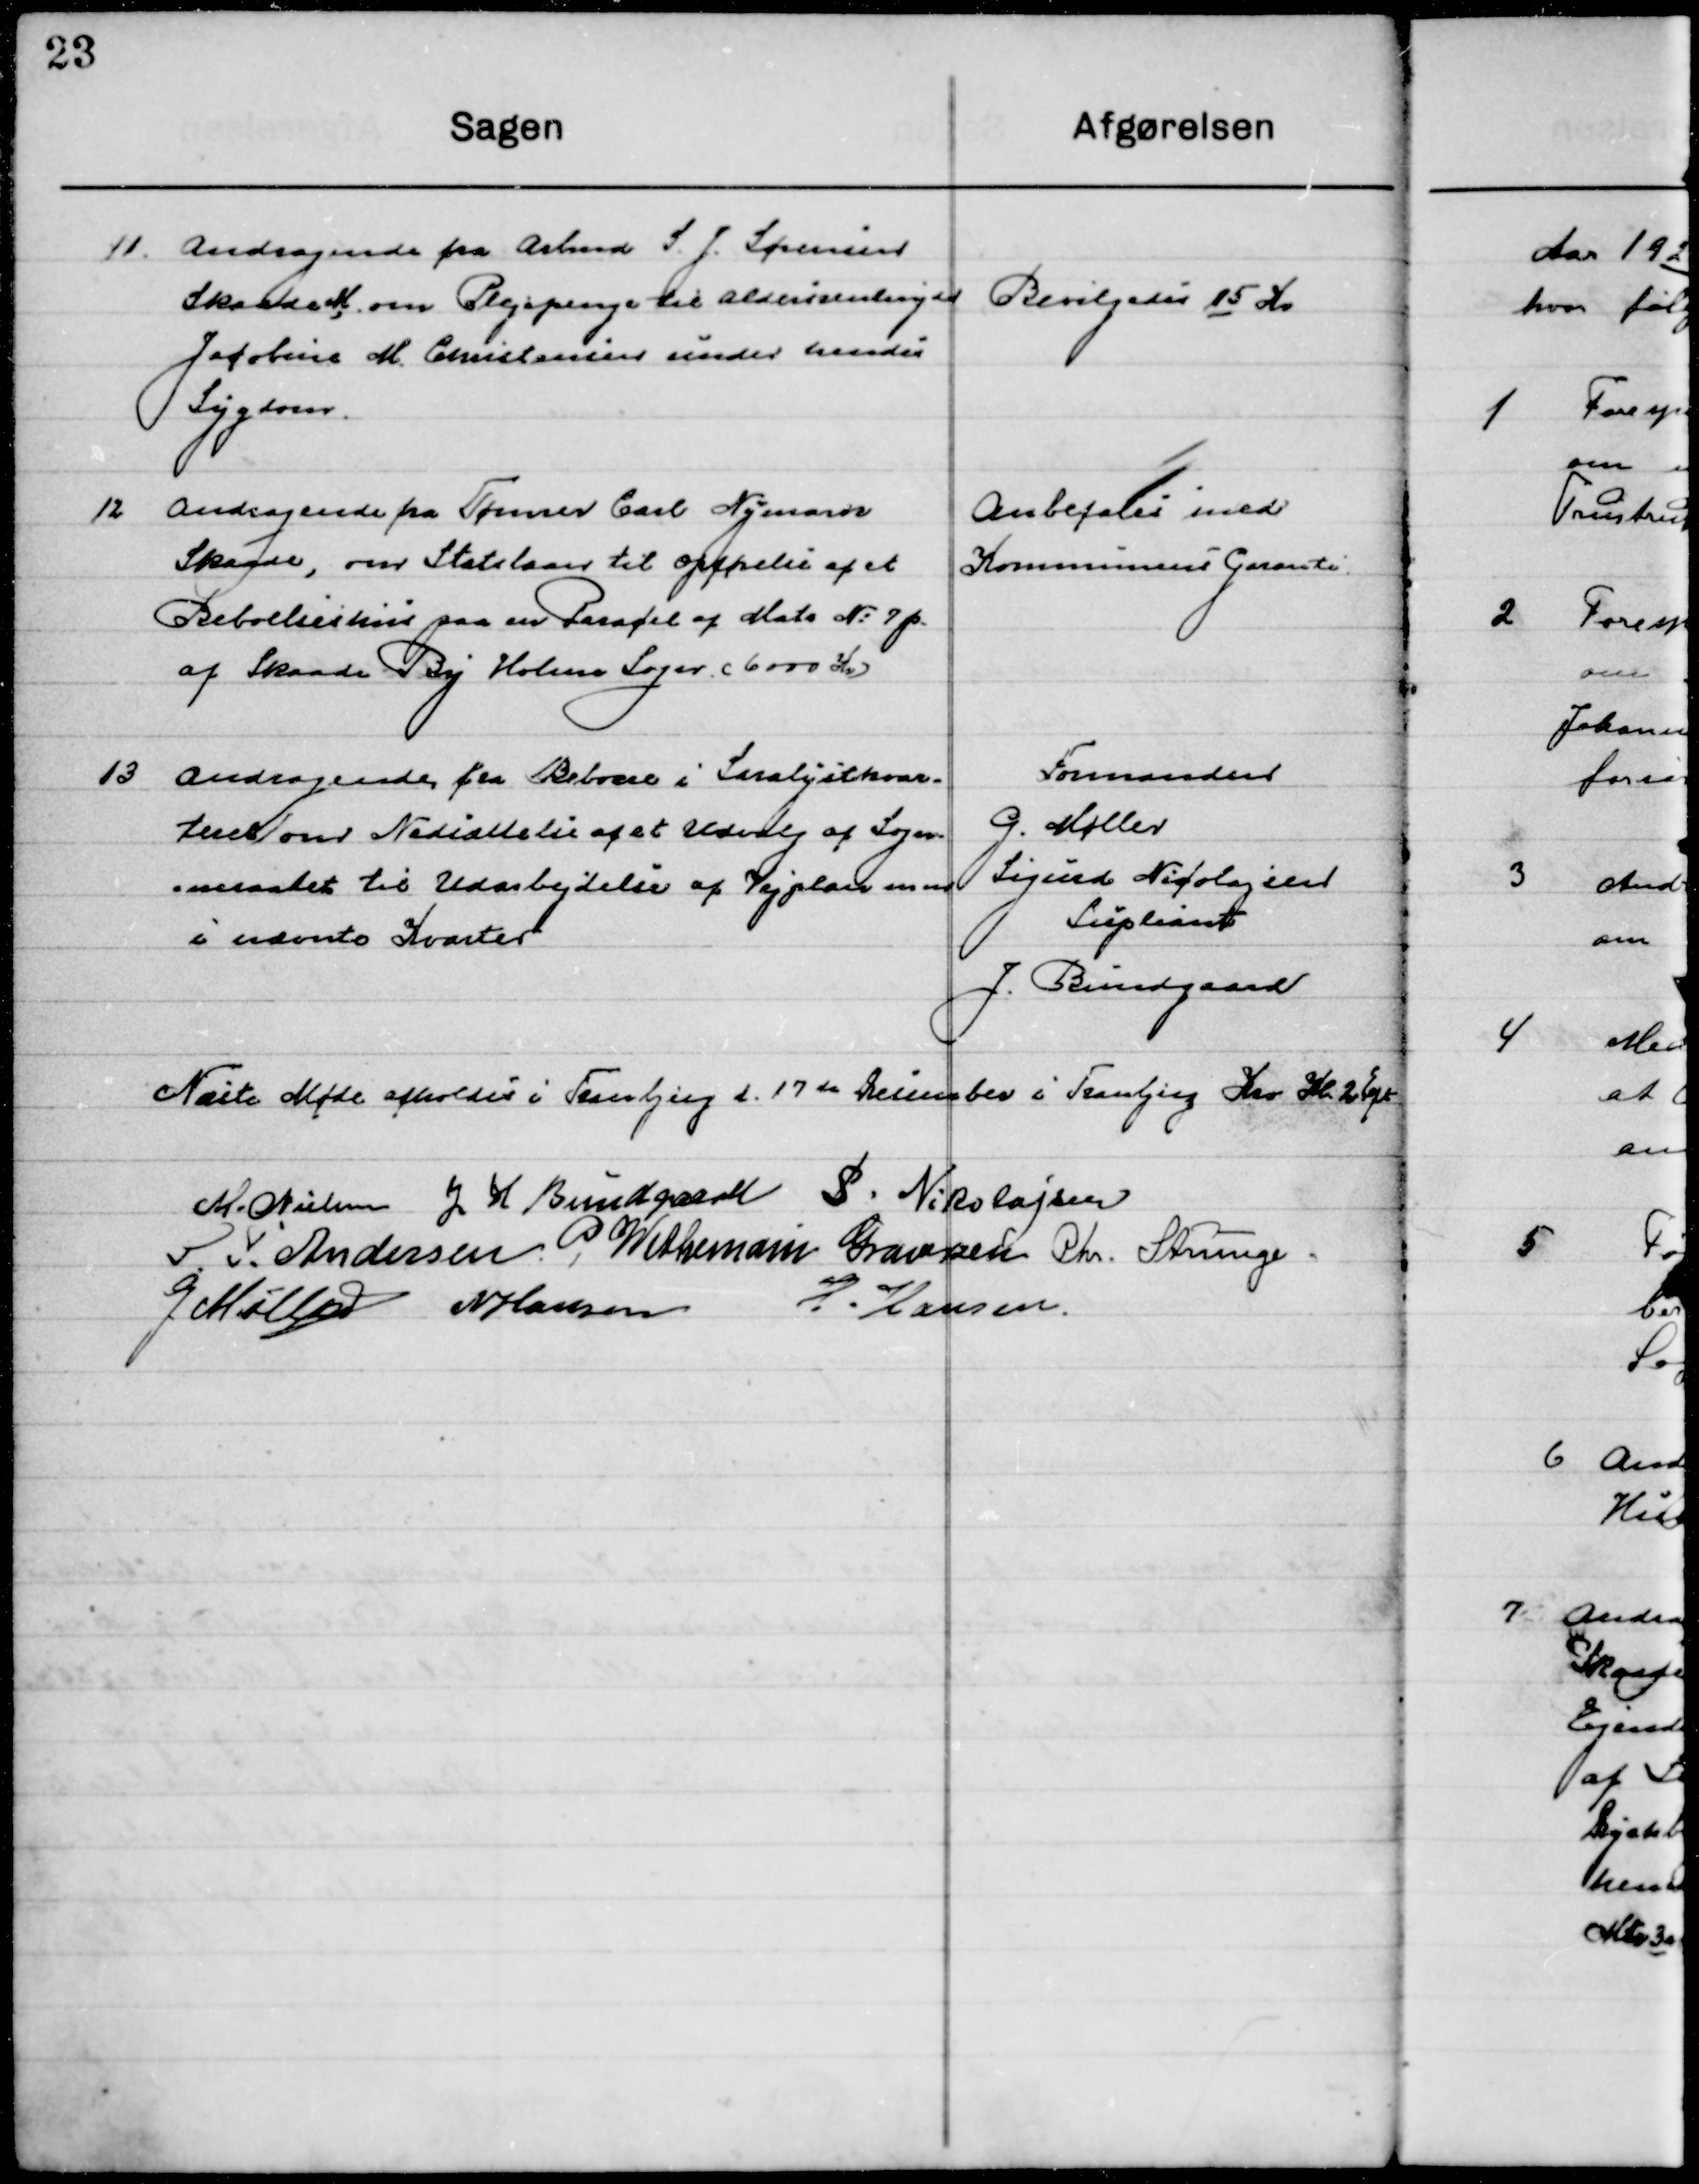
Transskription:
11

Andragende fra Arbmd. S. J. Sørensen
Skaade M. om Plejepenge til aldersrentenyder
Jacobine M. Christiansen under hendes 
Sygdom.

Bevilgedes 15 Kr.

12

Andragende fra Tømrer Carl Nymark
Skaade, om Statslaan til opførelse af et
Beboelseshus paa en Parcel af Matr. No. 7 p
af Skaade by Holme Sogn 6000 Kr.

Anbefales med 
Kommunens Garanti

13

Andragende fra Beboere i Saralyst kvar-
teret om Nedsættelse af et Udvalg af Sogn=
neraadet til Udarbejdelse af vejplan m.m.
i nævnte Kvarter

Formanden
G. Møller
Sigurd Nicolajsen
Suppleant
J. Bundgaard

Næste Møde afholdes i Tranbjerg d. 17de December i Tranbjerg Kro Kl. 2 Eft.

M. Nielsen
J. H. Bundgaard
S. Nikolajsen
S. F. Andersen
P. Wethemann Graversen
Chr. Strunge
G. Møller
N. Hansen
H. Hansen